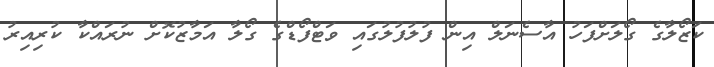
ކަޒޯލާގެ ގޯލަށްފަހު އާސެނަލް އިން ފުލުފުލުގައި ވަޓްފޯޑްގެ ގޯލާ އަމާޒުކޮށް ނުރައްކާ ކުރިއިރު